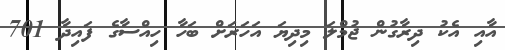
އާއި އެކު ދިރާގުން ޖުމްލަ މިދިޔަ އަހަރަށް ބަހާ ހިއްސާގެ ފައިދާ 701